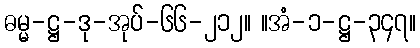
ဓမ္မ-ဋ္ဌ-ဒု-အုပ်-၆၆-၂၁၂။ ။အံ-၁-ဋ္ဌ-၃၄၇။